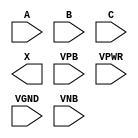
module sky130_fd_sc_ms__xor3 (
    //# {{data|Data Signals}}
    input  A   ,
    input  B   ,
    input  C   ,
    output X   ,

    //# {{power|Power}}
    input  VPB ,
    input  VPWR,
    input  VGND,
    input  VNB
);
endmodule